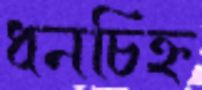
ধনচিহ্ন